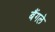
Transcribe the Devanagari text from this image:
बैंगले